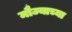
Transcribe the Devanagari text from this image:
मौज्याच्या